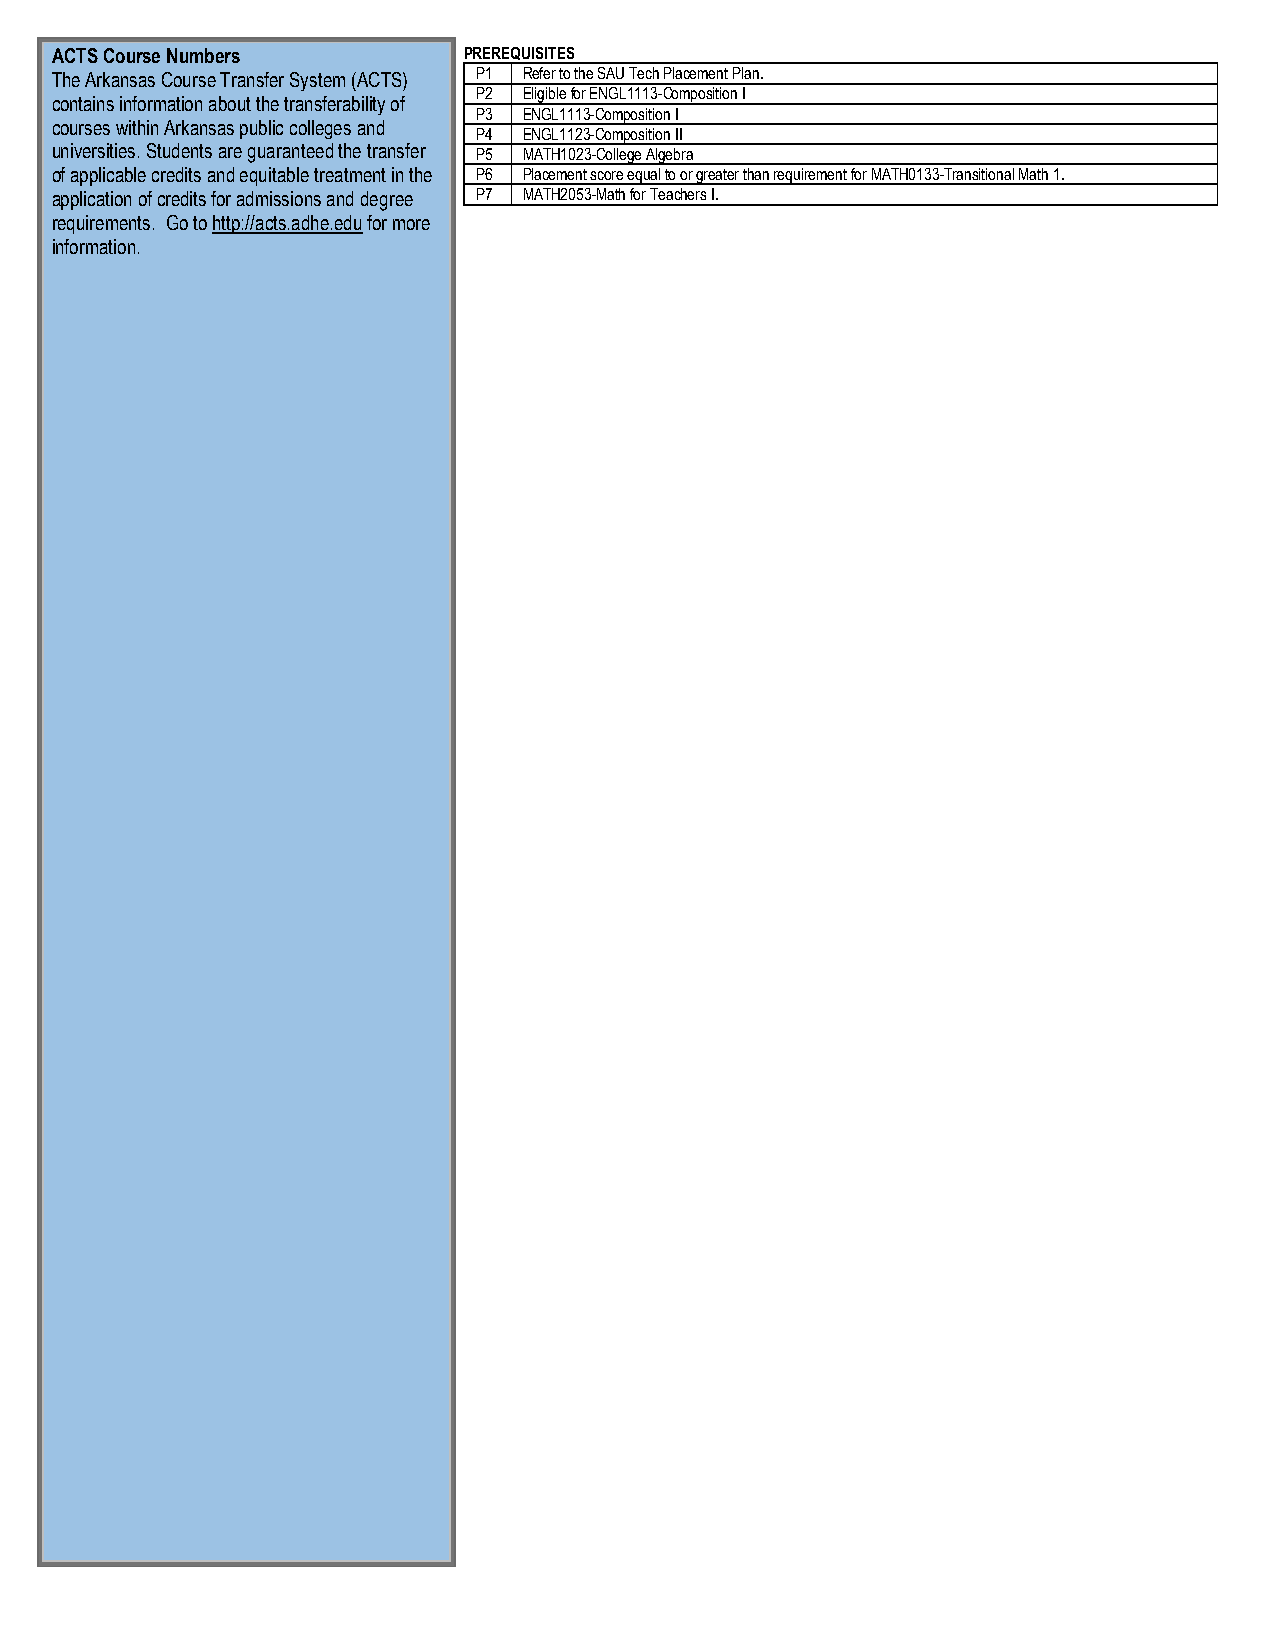
ACTS Course Numbers         PREREQUISITES
 The Arkansas Course Transfer System (ACTS) P1 Refer to the SAU Tech Placement Plan.
 P2  Eligible for ENGL1113-Composition I
 contains information about the transferability of
 P3  ENGL1113-Composition I
 courses within Arkansas public colleges and
 P4  ENGL1123-Composition II
 universities. Students are guaranteed the transfer P5 MATH1023-College Algebra
 of applicable credits and equitable treatment in the P6 Placement score equal to or greater than requirement for MATH0133-Transitional Math 1.
 application of credits for admissions and degree P7 MATH2053-Math for Teachers I.
 requirements. Go to http://acts.adhe.edu for more
 information.